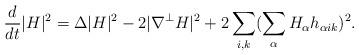
LaTeX: \begin{align*}\frac{d}{dt}|H|^2&=\Delta |H|^2 -2|\nabla^{\bot} H|^2+ 2 \sum_{i,k}(\sum_{\alpha}H_{\alpha}h_{\alpha ik})^2.\end{align*}